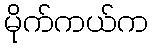
မိုက်ကယ်က